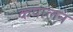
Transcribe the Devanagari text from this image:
कपालन